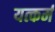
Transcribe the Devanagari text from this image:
यत्कर्म